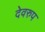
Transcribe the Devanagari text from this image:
देवरुप